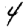
Digit: 4